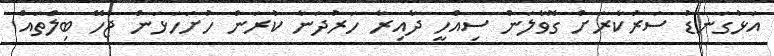
އަޅުގަނޑު ސަރުކާރަށް ގޮވާލަން ސިއްހީ ދާއިރާ ހަރުދަނާ ކުރަން ހުށަހަޅަން ޖެހޭ ބިލްތައް